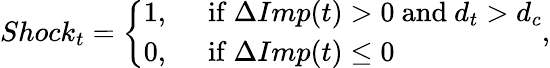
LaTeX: Shock_{t}=\left\{ \begin{array}{ll}{1,}&{~~{\mathrm{if}}~\Delta Imp(t)>0~{\mathrm{and}}~d_{t}>d_{c}}\\ {0,}&{~~{\mathrm{if}}~\Delta Imp(t)\le 0}\end{array}\right.,